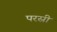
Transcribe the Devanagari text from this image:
परस्री